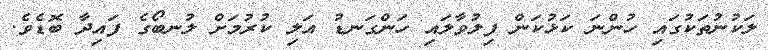
ލަކުނުތަކުގައި ހުންނަ ކަޅުކަން ފިލުވާލައި ހަންގަނޑު އަލި ކުރުމަށް ލުނބޯގެ ފައިދާ ބޮޑެވެ.